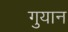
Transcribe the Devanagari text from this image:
गुयान